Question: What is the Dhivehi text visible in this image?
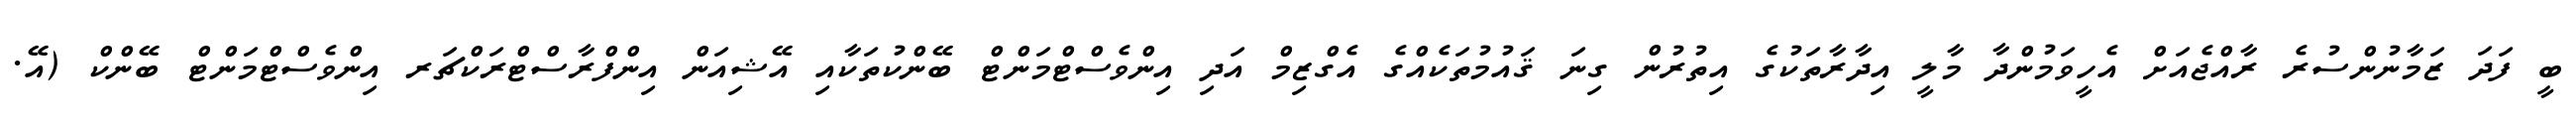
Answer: ބީ ފަދަ ޒަމާނުންސުރެ ރާއްޖެއަށް އެހީވަމުންދާ މާލީ އިދާރާތަކުގެ އިތުރުން ގިނަ ޤައުމުތަކެއްގެ އެގްޒިމް އަދި އިންވެސްޓްމަންޓް ބޭންކުތަކާއި އޭޝިއަން އިންފްރާސްޓްރަކްޗަރ އިންވެސްޓްމަންޓް ބޭންކް (އޭ.